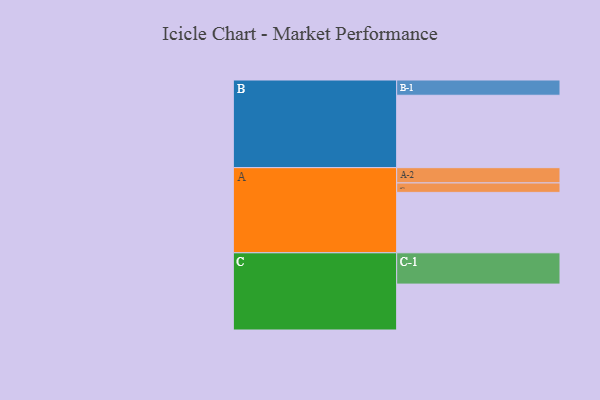
{"axis": {"x": "Segment", "y": "Value"}, "legend": ["", "A", "B", "C"], "data": [{"x": "A", "y": 479, "type": ""}, {"x": "B", "y": 574, "type": ""}, {"x": "C", "y": 364, "type": ""}, {"x": "A-1", "y": 75, "type": "A"}, {"x": "A-2", "y": 121, "type": "A"}, {"x": "B-1", "y": 121, "type": "B"}, {"x": "C-1", "y": 248, "type": "C"}]}